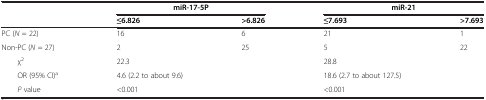
|  | miR-17-5P |  | miR-21 |  |
 |  | ≤6.826 | >6.826 | ≤7.693 | >7.693 |
 | --- | --- | --- | --- | --- |
 | PC (N = 22) | 16 | 6 | 21 | 1 |
 | Non-PC (N = 27) | 2 | 25 | 5 | 22 |
 | χ2 | 22.3 |  | 28.8 |  |
 | OR (95% CI)a | 4.6 (2.2 to about 9.6) |  | 18.6 (2.7 to about 127.5) |  |
 | P value | <0.001 |  | <0.001 |  |